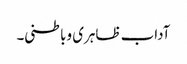
آداب ظاہری وباطنی۔